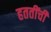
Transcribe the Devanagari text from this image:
हततींची